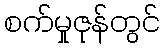
စက်မှုဇုန်တွင်